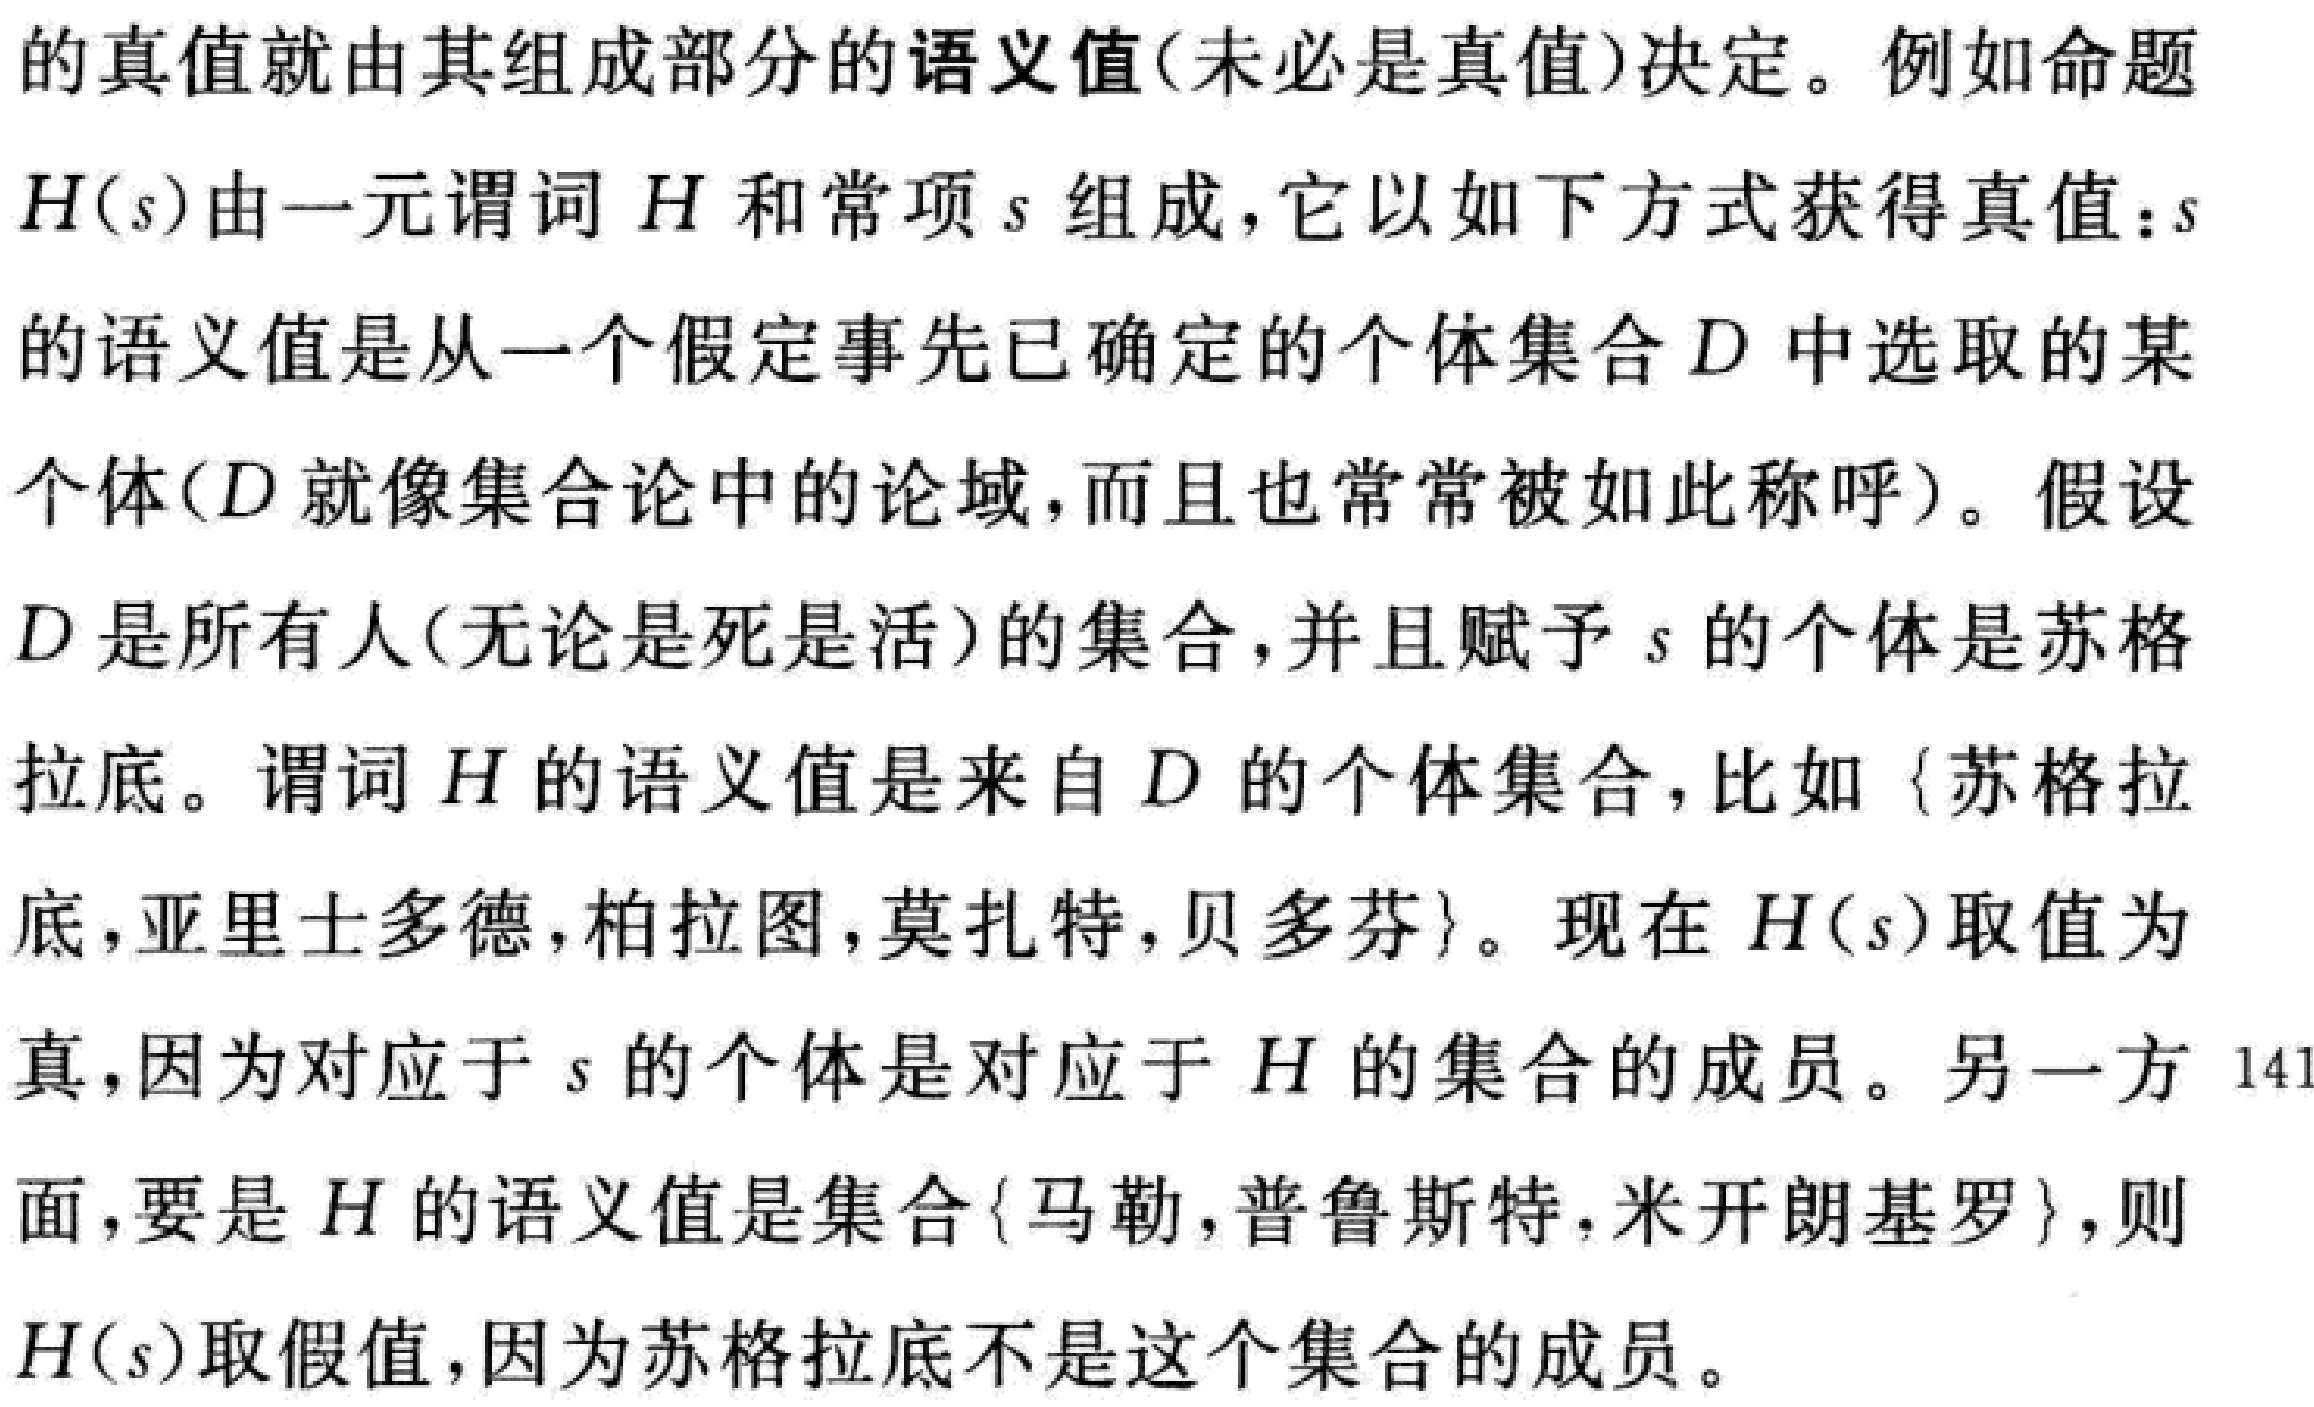
的真值就由其组成部分的语义值(未必是真值)决定。例如命题
\(H(s)\)由一元谓词\(H\)和常项\(s\)组成，它以如下方式获得真值：\(s\)
的语义值是从一个假定事先已确定的个体集合\(D\)中选取的某
个体(\(D\)就像集合论中的论域，而且也常常被如此称呼)。假设
\(D\)是所有人(无论是死是活)的集合，并且赋予\(s\)的个体是苏格
拉底。谓词\(H\)的语义值是来自\(D\)的个体集合，比如\(\{ \)苏格拉
底，亚里士多德，柏拉图，莫扎特，贝多芬\(\}\)。现在\(H(s)\)取值为
真，因为对应于\(s\)的个体是对应于\(H\)的集合的成员。另一方 141
面，要是\(H\)的语义值是集合\(\{ \)马勒，普鲁斯特，米开朗基罗\(\}\)，则
\(H(s)\)取假值，因为苏格拉底不是这个集合的成员。